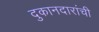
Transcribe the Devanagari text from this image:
दुकानदारांची